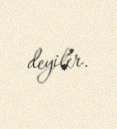
deyilir.